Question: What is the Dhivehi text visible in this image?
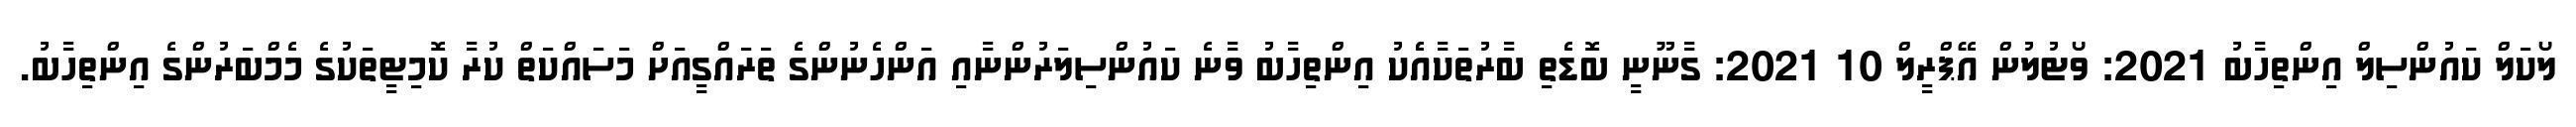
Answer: ލޯކަލް ކައުންސިލް އިންތިހާބު 2021: ވޯޓުލުން އޭޕްރީލް 10 2021: ގާނޫނީ ބޮޑެތި ބާރުތަކާއެެކު އިންތިހާބު ވާނެ ކައުންސިލަރުންނާއި އަންހެނުންގެ ތަރައްގީއަށް މަސައްކަތް ކުރާ ކޮމިޓީތަކުގެ މެމްބަރުންގެ އިންތިހާބު.